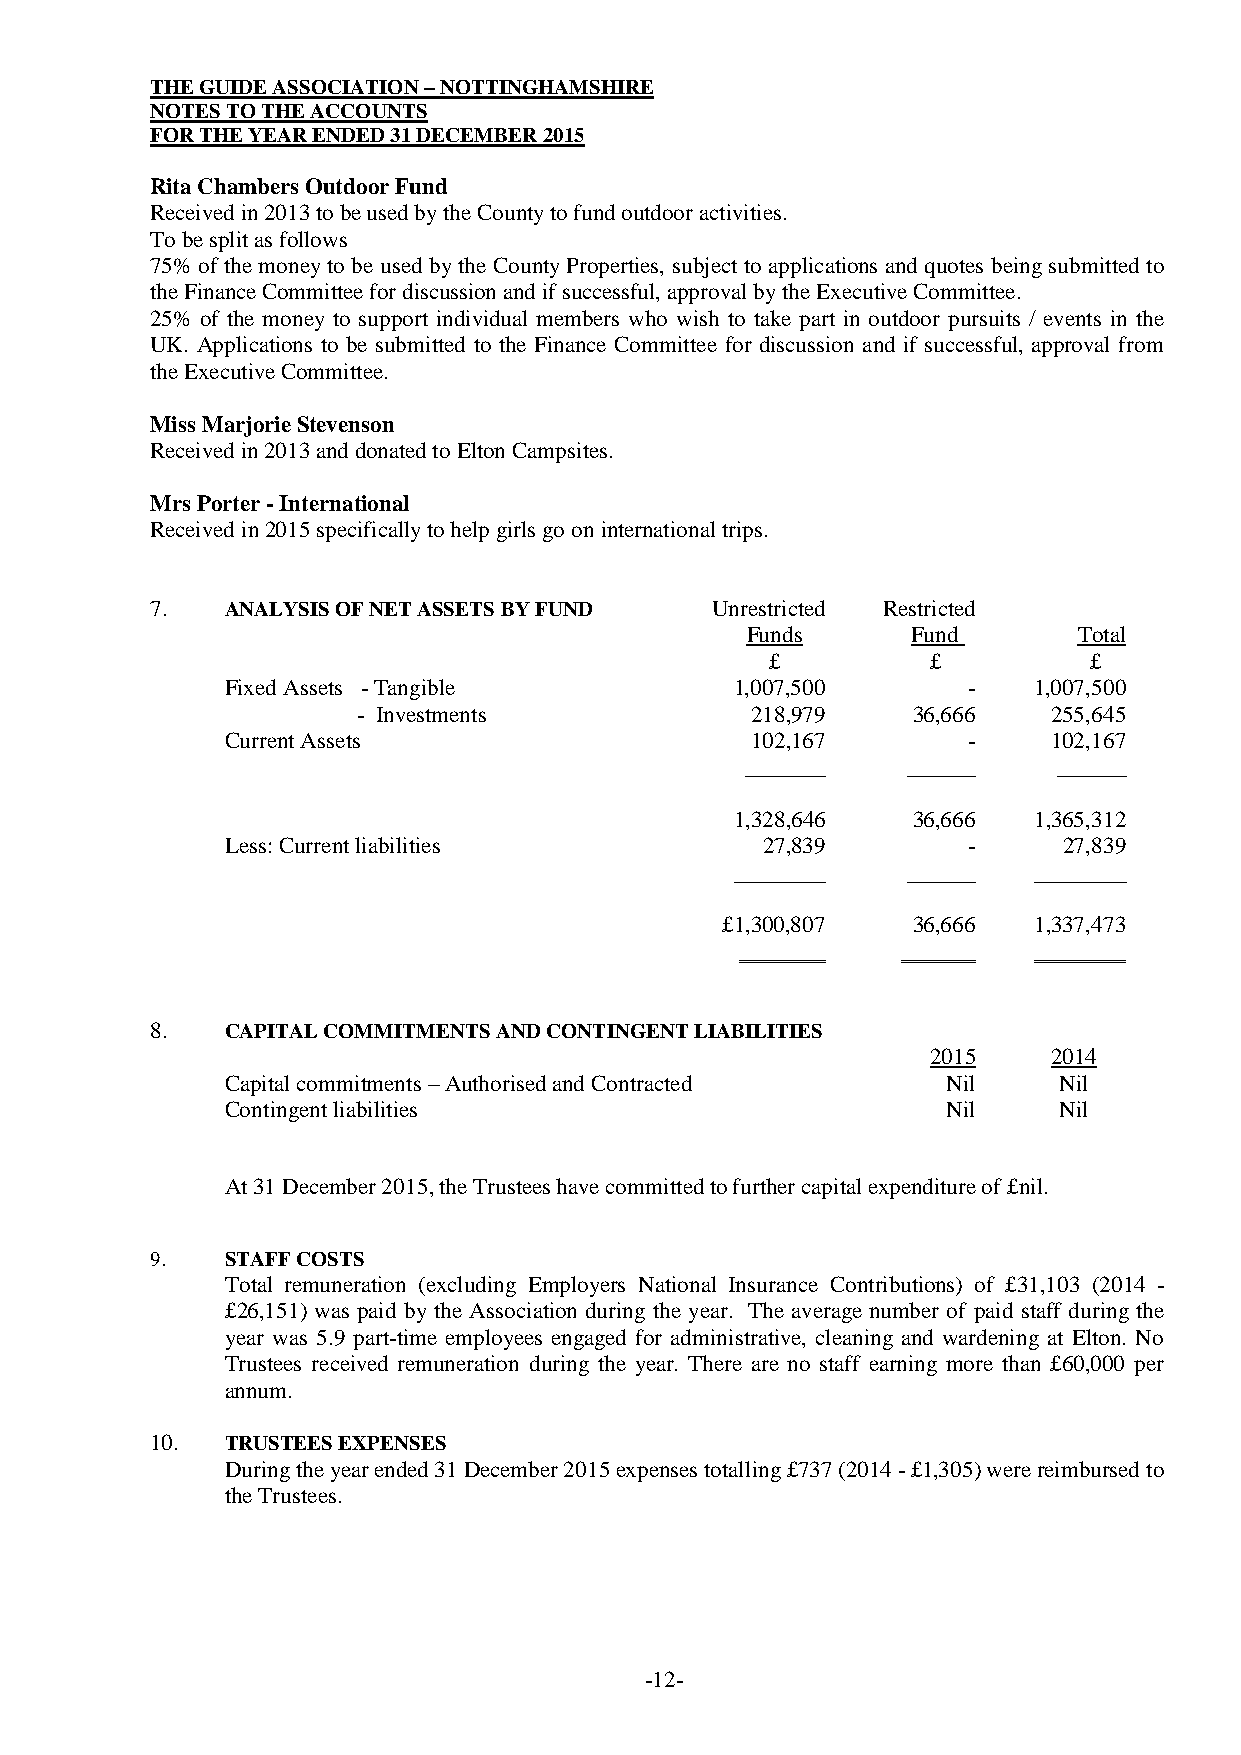
THE GUIDE ASSOCIATION – NOTTINGHAMSHIRE
 NOTES TO THE ACCOUNTS
 FOR THE YEAR ENDED 31 DECEMBER 2015
 Rita Chambers Outdoor Fund
 Received in 2013 to be used by the County to fund outdoor activities.
 To be split as follows
 75% of the money to be used by the County Properties, subject to applications and quotes being submitted to
 the Finance Committee for discussion and if successful, approval by the Executive Committee.
 25% of the money to support individual members who wish to take part in outdoor pursuits / events in the
 UK. Applications to be submitted to the Finance Committee for discussion and if successful, approval from
 the Executive Committee.
 Miss Marjorie Stevenson
 Received in 2013 and donated to Elton Campsites.
 Mrs Porter - International
 Received in 2015 specifically to help girls go on international trips.
 7.   ANALYSIS OF NET ASSETS BY FUND  Unrestricted Restricted
 Funds      Fund       Total
 £          £         £
 Fixed Assets - Tangible           1,007,500      -   1,007,500
 - Investments             218,979   36,666    255,645
 Current Assets                     102,167       -     102,167
 _______    ______    ______
 1,328,646  36,666  1,365,312
 Less: Current liabilities          27,839        -     27,839
 ________   ______  ________
 £1,300,807  36,666  1,337,473
 8.   CAPITAL COMMITMENTS AND CONTINGENT LIABILITIES
 2015    2014
 Capital commitments – Authorised and Contracted Nil    Nil
 Contingent liabilities                          Nil    Nil
 At 31 December 2015, the Trustees have committed to further capital expenditure of £nil.
 9.   STAFF COSTS
 Total remuneration (excluding Employers National Insurance Contributions) of £31,103 (2014 -
 £26,151) was paid by the Association during the year. The average number of paid staff during the
 year was 5.9 part-time employees engaged for administrative, cleaning and wardening at Elton. No
 Trustees received remuneration during the year. There are no staff earning more than £60,000 per
 annum.
 10.  TRUSTEES EXPENSES
 During the year ended 31 December 2015 expenses totalling £737 (2014 - £1,305) were reimbursed to
 the Trustees.
 -12-